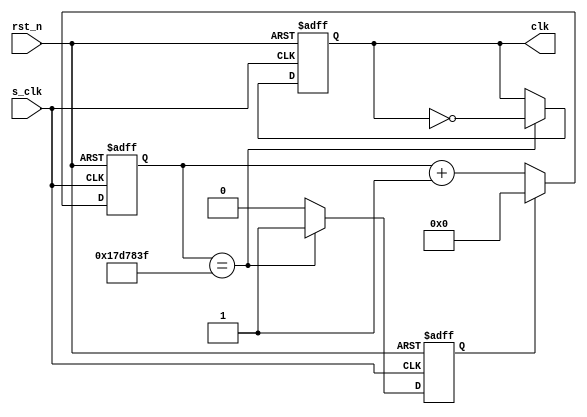
module clock_generate (s_clk, rst_n, clk);

parameter HALF_SECOND = 24999999;

input s_clk;
input rst_n;

output clk;
wire clk;

reg pre_clk;
reg update_en;
reg[25:0] counter;

always@(posedge s_clk or negedge rst_n) begin
   if(!rst_n)begin
      counter<=0;
   end
   else if(update_en==1)begin
      counter<=0;
   end
   else begin 
       counter<=counter+1;
   end
end

always@(posedge s_clk or negedge rst_n) begin
   if(!rst_n)begin
      pre_clk<=0;
      update_en<=0;
   end
   else if(counter== HALF_SECOND)begin
      pre_clk<=!pre_clk;
      update_en<=1;
   end
   else begin
      update_en<=0;
   end
end

assign clk=pre_clk;
endmodule